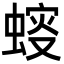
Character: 䗏